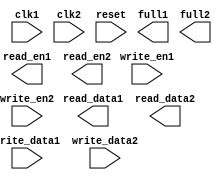
module DualPortFIFO (
    input wire clk1,       // Clock for port 1
    input wire clk2,       // Clock for port 2
    input wire reset,      // Reset signal
    input wire write_en1,  // Write enable for port 1
    input wire write_data1,    // Data input for port 1
    output wire full1,     // Full flag for port 1
    output wire read_en1,  // Read enable for port 1
    output wire read_data1,    // Data output for port 1
    input wire write_en2,  // Write enable for port 2
    input wire write_data2,    // Data input for port 2
    output wire full2,     // Full flag for port 2
    output wire read_en2,  // Read enable for port 2
    output wire read_data2     // Data output for port 2
);

// Dual-port FIFO buffer design implementation goes here

endmodule